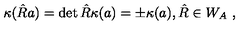
\kappa ( \hat { R } a ) = \det { \hat { R } } \kappa ( a ) = \pm \kappa ( a ) , \hat { R } \in W _ { A } \ ,